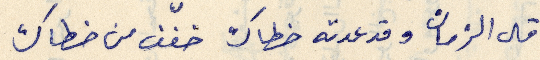
قال الزمان وقد عدته خطاك خفّف من خطاك